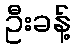
ဦးခန့်